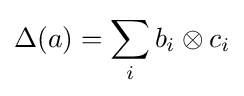
\Delta (a)=\sum _{i}b_{i}\otimes c_{i}